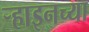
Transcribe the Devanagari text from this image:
र्‍हाइनच्या